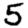
Digit: 5